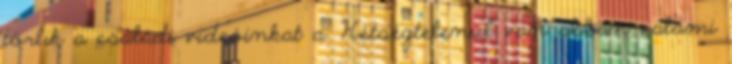
törlik a családi videóinkat a. Kétségtelenül van abban valami